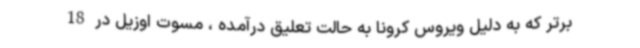
برتر که به دلیل ویروس کرونا به حالت تعلیق درآمده ، مسوت اوزیل در 18